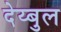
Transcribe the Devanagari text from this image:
देय्बुल